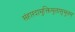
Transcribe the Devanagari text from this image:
संहारदामुक्तिमुतासुभूतम्